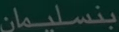
بنسليمان